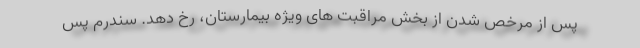
پس از مرخص شدن از بخش مراقبت های ویژه بیمارستان، رخ دهد. سندرم پس